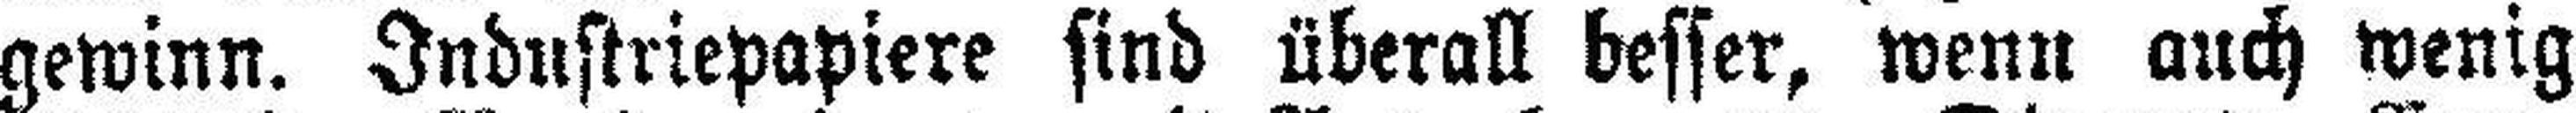
gewinn. Industriepapiere sind überall besser, wenn auch wenig